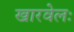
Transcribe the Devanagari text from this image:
खारवेलः